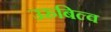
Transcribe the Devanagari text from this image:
उरुबिल्व